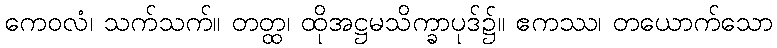
ကေဝလံ၊ သက်သက်။ တတ္ထ၊ ထိုအဋ္ဌမသိက္ခာပုဒ်၌။ ဧကဿ၊ တယောက်သော